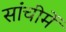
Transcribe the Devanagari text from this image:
सांचीमें